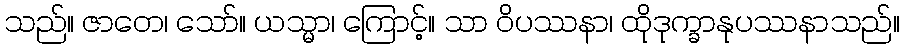
သည်။ ဇာတေ၊ သော်။ ယသ္မာ၊ ကြောင့်။ သာ ဝိပဿနာ၊ ထိုဒုက္ခာနုပဿနာသည်။